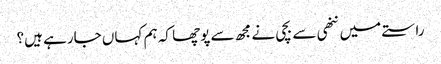
راستے میں ننھی سے بچی نے مجھ سے پوچھا کہ ہم کہاں جارہے ہیں؟